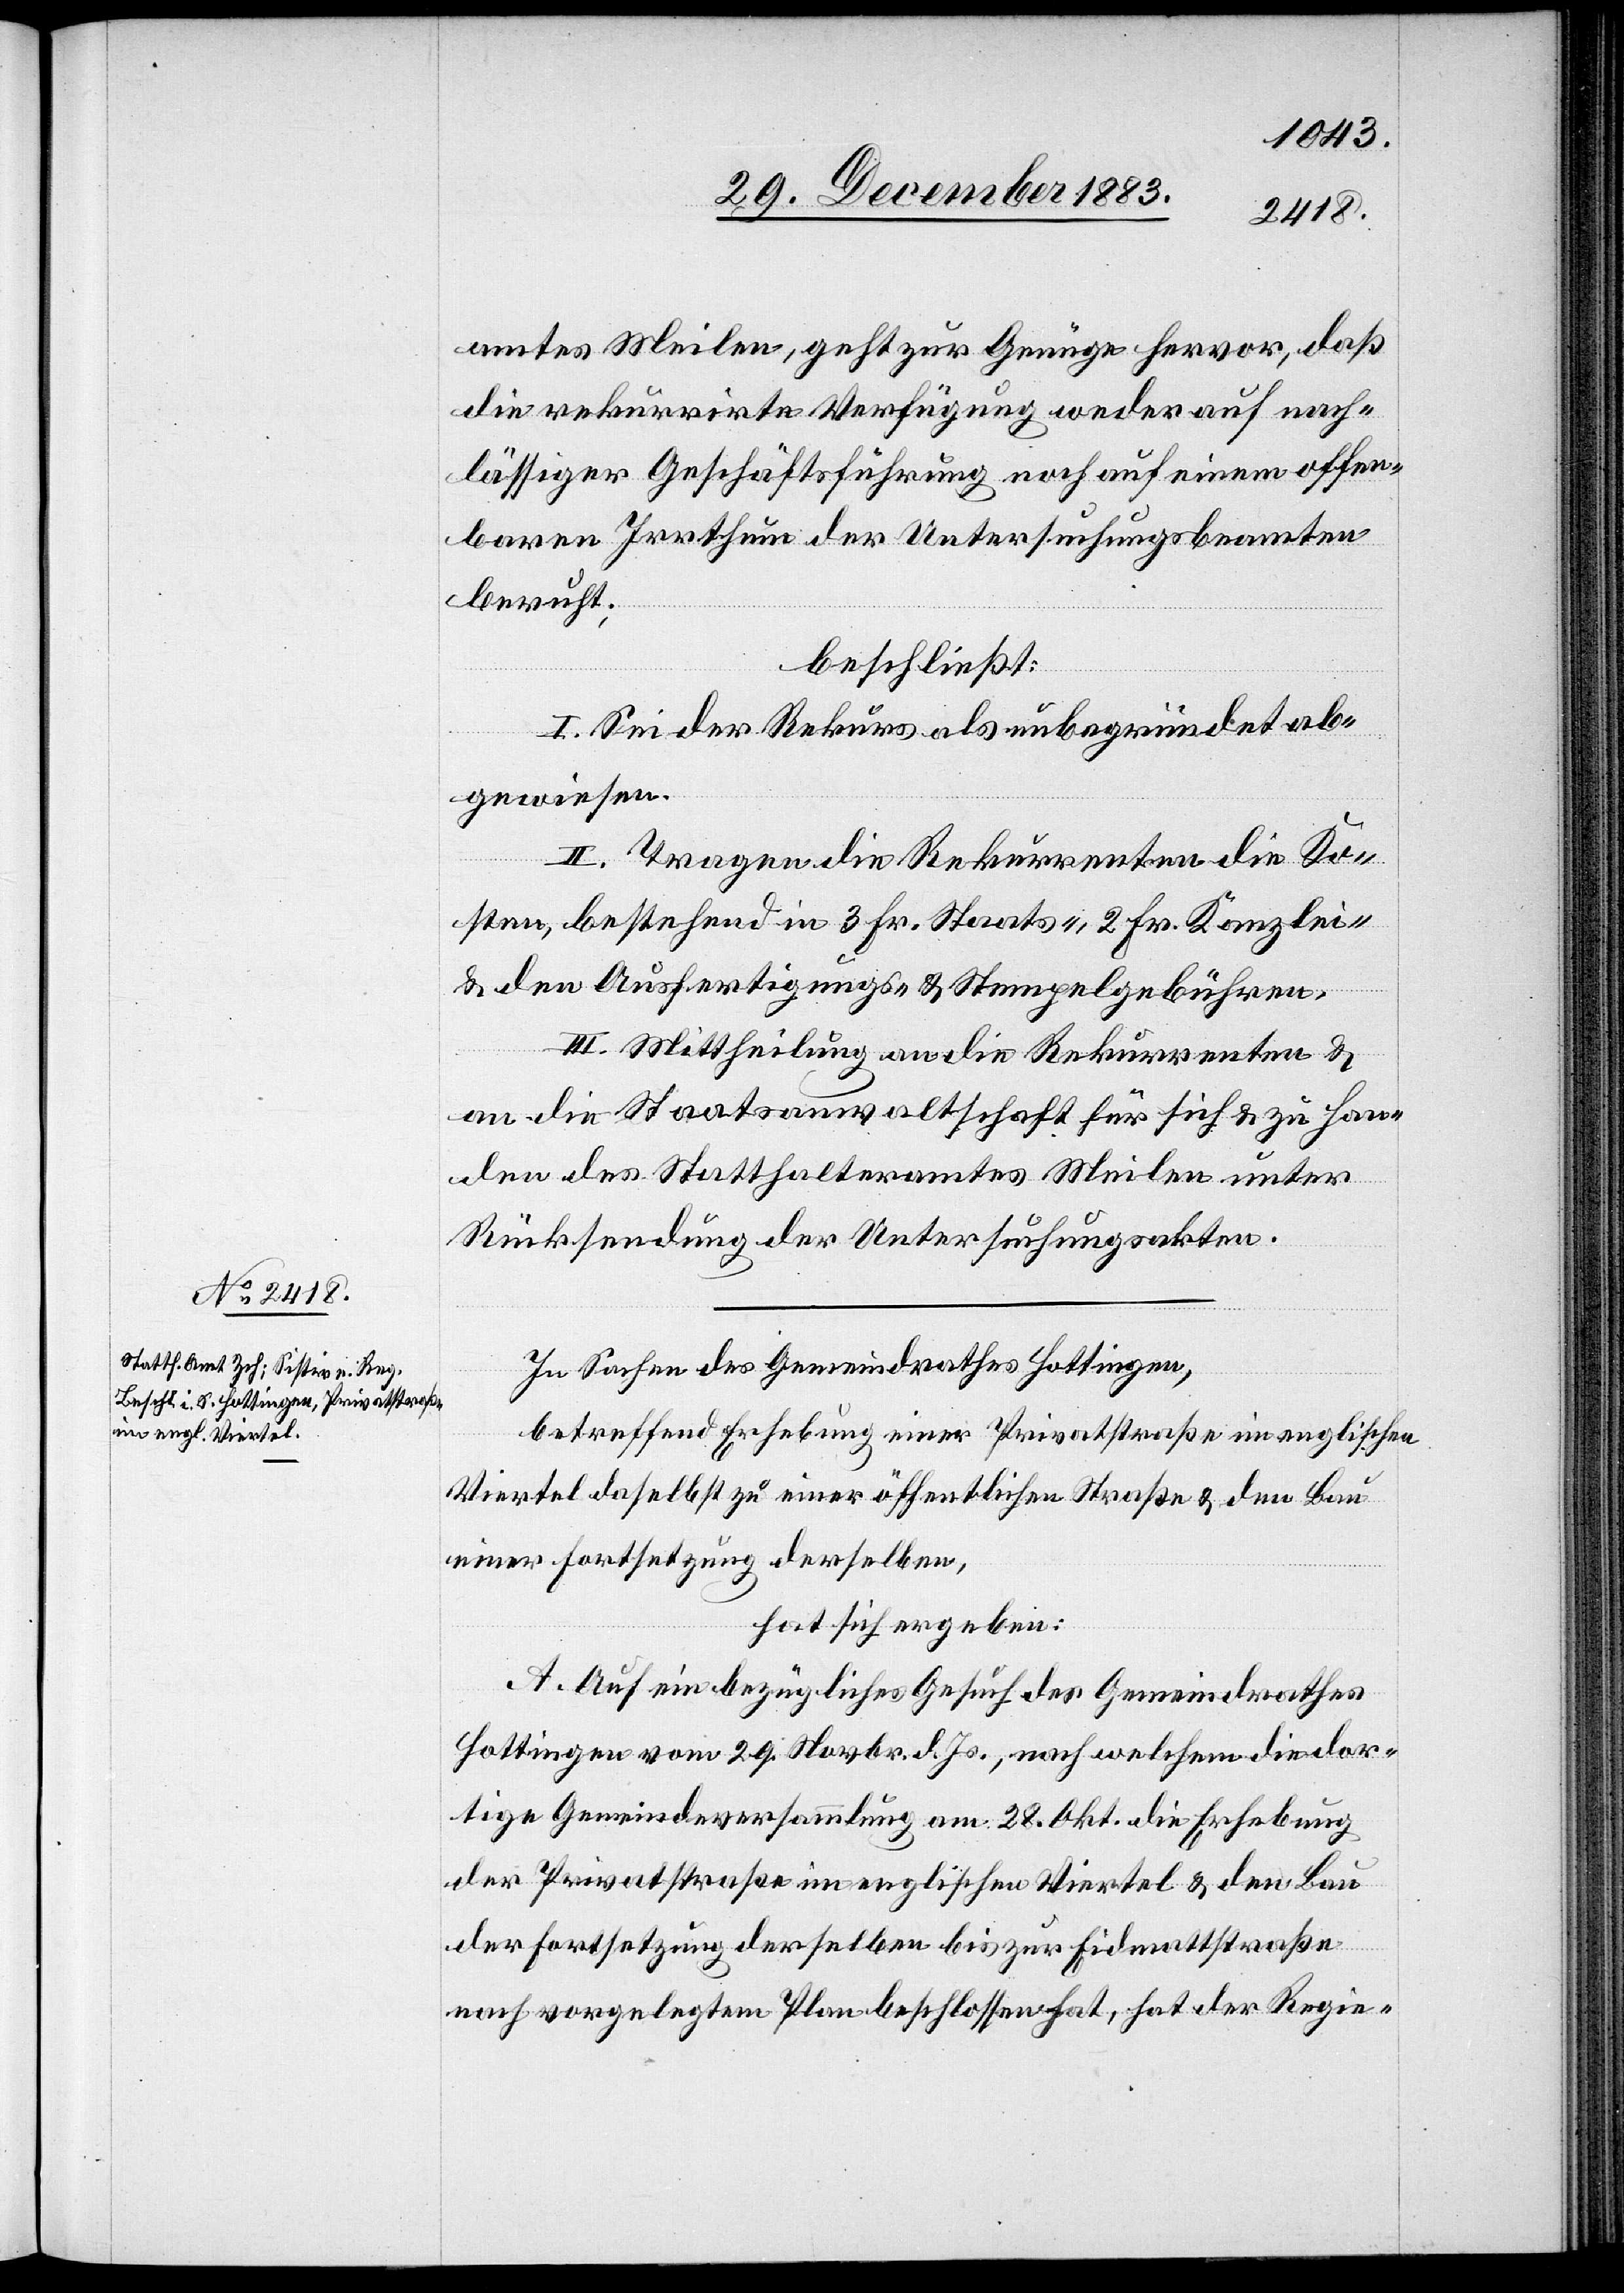
amtes Meilen, geht zur Genüge hervor, daß
die rekurrirte Verfügung weder auf nach¬
lässiger Geschäftsführung noch auf einem offen¬
baren Irrthum der Untersuchungsbeamten
beruht;
beschließt:
I. Sei der Rekurs als unbegründet ab¬
gewiesen.
II. Tragen die Rekurrenten die Ko¬
sten, bestehend in 3 Fr. Staats-, 2 Fr. Kanzlei-
& den Ausfertigungs- & Stempelgebühren.
III. Mittheilung an die Rekurrenten &
an die Staatsanwaltschaft für sich & zu Han¬
den des Statthalteramtes Meilen unter
Rücksendung der Untersuchungsakten.
In Sachen des Gemeindrathes Hottingen,
betreffend Erhebung einer Privatstraße im englischen
Viertel daselbst zu einer öffentlichen Straße & den Bau
einer Fortsetzung derselben,
hat sich ergeben:
A. Auf ein bezügliches Gesuch des Gemeindrathes
Hottingen vom 29. Novb. d. Js., nach welchem die dor¬
tige Gemeindeversammlung am 28. Okt. die Erhebung
der Privatstraße im englischen Viertel & den Bau
der Fortsetzung derselben bis zur Eidmattstraße
nach vorgelegtem Plan beschlossen hat, hat der Regie-